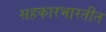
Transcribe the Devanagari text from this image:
सहकारभारतीत